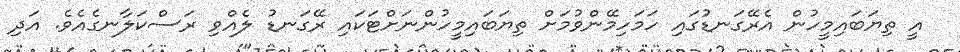
އީ ތިޔަބައިމީހުން އެރޭގަނޑުގައި ހަމަހިމޭންވުމަށް ތިޔަބައިމީހުންނަށްޓަކައި ރޭގަނޑު ލެއްވި ރަސްކަލާނގެއެވެ. އަދި